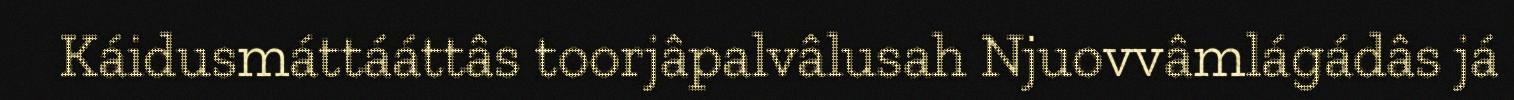
Káidusmáttááttâs toorjâpalvâlusah Njuovvâmlágádâs já